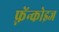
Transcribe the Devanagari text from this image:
फ़्रेंन्कोइज